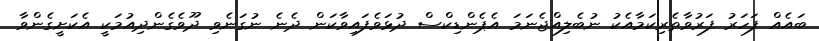
ބައެއް ފަހަރު ފަރުވާތެރިކަމާއެކު ނުބެލިއްޖެނަމަ އެޕެންޑިކްސް ދުޅަވެފައިވާކަން ދެނެ ނުގަނެވި ދޫވެގެންދިއުމަކީ އެކަށީގެންވާ